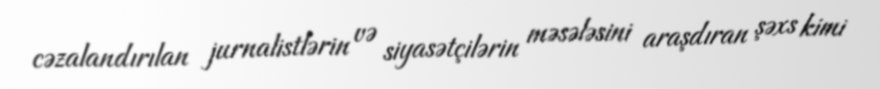
cəzalandırılan jurnalistlərin və siyasətçilərin məsələsini araşdıran şəxs kimi